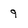
Character: 9